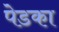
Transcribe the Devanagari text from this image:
पेडका